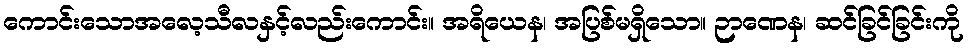
ကောင်းသောအလေ့သီလနှင့်လည်းကောင်း။ အရိယေန၊ အပြစ်မရှိသော။ ဉာဏေန၊ ဆင်ခြင်ခြင်းကို